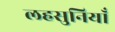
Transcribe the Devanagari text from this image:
लहसुनियाँ